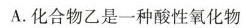
A.化合物乙是一种酸性氧化物